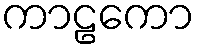
ကာဠကော